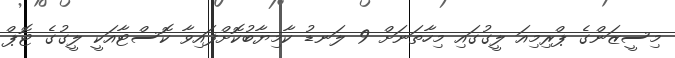
މިސީޒަންގެ ޕްރިމިއަ ލީގުގައި މިހާތަނަށް 9 ލަނޑު ކާމިޔާބުކޮށްފައިވާ ކޮސްޓާއަކީ ލީގުގެ ޓޮޕް